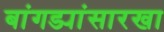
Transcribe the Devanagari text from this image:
बांगड्यांसारखा